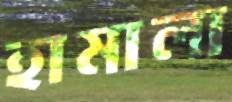
হামালা